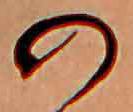
の